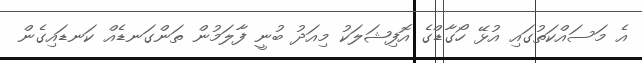
އެ މަސައްކަތުގައި އުޅޭ ހޯގާޑްގެ އޮފިޝަލަކު މިއަދު ބުނީ ފާލަމުން ތަންގަނޑެއް ކަނޑައިގެން